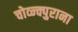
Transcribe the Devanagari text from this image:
चोव्न्क्पुराना